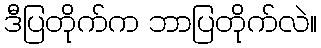
ဒီပြတိုက်က ဘာပြတိုက်လဲ။